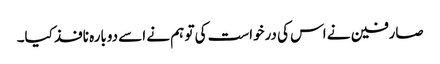
صارفین نے اس کی درخواست کی تو ہم نے اسے دوبارہ نافذ کیا۔